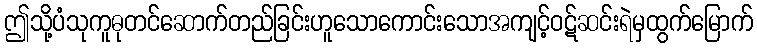
ဤသို့ပံသုကူဓုတင်ဆောက်တည်ခြင်းဟူသောကောင်းသောအကျင့်ဝဋ်ဆင်းရဲမှထွက်မြောက်